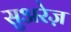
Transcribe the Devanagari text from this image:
सुअरेज़